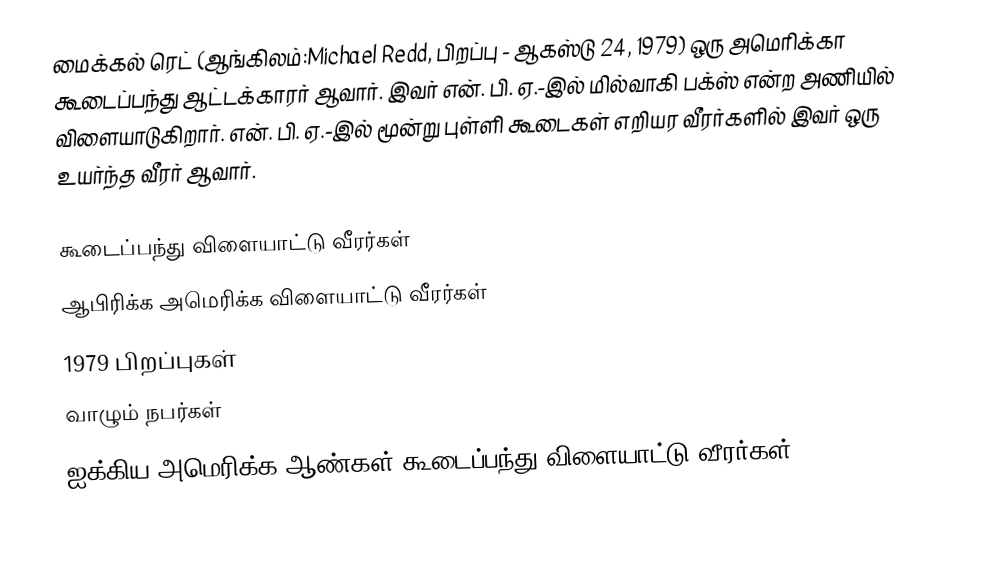
மைக்கல் ரெட் (ஆங்கிலம்:Michael Redd, பிறப்பு - ஆகஸ்டு 24, 1979) ஒரு அமெரிக்கா கூடைப்பந்து ஆட்டக்காரர் ஆவார். இவர் என். பி. ஏ.-இல் மில்வாகி பக்ஸ் என்ற அணியில் விளையாடுகிறார். என். பி. ஏ.-இல் மூன்று புள்ளி கூடைகள் எறியர வீரர்களில் இவர் ஒரு உயர்ந்த வீரர் ஆவார்.

கூடைப்பந்து விளையாட்டு வீரர்கள்
ஆபிரிக்க அமெரிக்க விளையாட்டு வீரர்கள்
1979 பிறப்புகள்
வாழும் நபர்கள்
ஐக்கிய அமெரிக்க ஆண்கள் கூடைப்பந்து விளையாட்டு வீரர்கள்